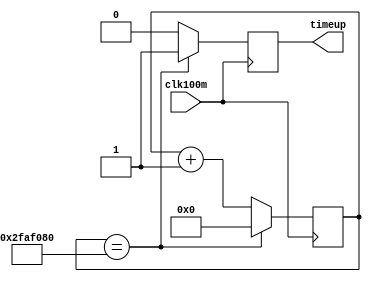
`timescale 1ns / 1ps
//////////////////////////////////////////////////////////////////////////////////
// Company: 
// Engineer: 
// 
// Design Name: 
// Module Name: timeup
// Project Name: 
// Target Devices: 
// Tool Versions: 
// Description: 
// 
// Dependencies: 
// 
// Revision:
// Revision 0.01 - File Created
// Additional Comments:
// 
//////////////////////////////////////////////////////////////////////////////////


module timeup(
    input clk100m,
    output timeup
    );
    
    reg [29:0] count;
    reg timeup_reg;
    
    assign timeup = timeup_reg; 
   
    always @ (posedge clk100m) begin
        count<=count+1;
        timeup_reg<=0;
        if (count==50000000) begin
            count <= 0;
            timeup_reg<=1;
        end
    end
    
endmodule